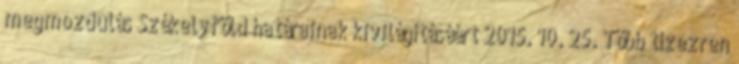
megmozdulás Székelyföld határainak kivilágításáért 2015. 10. 25. Több tízezren